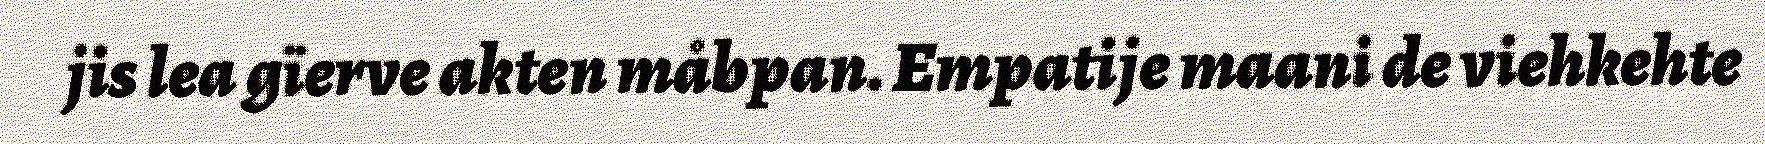
jis lea gïerve akten måbpan. Empatije maani de viehkehte